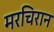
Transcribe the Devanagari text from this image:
मरचिरान